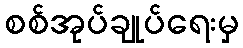
စစ်အုပ်ချုပ်ရေးမှ